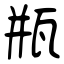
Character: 甁